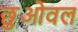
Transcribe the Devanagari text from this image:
छुओवल